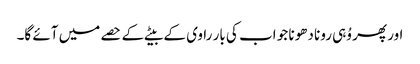
اور پھر وُہی رونا دھونا جو اب کی بار راوی کے بیٹے کے حصے میں آئے گا۔